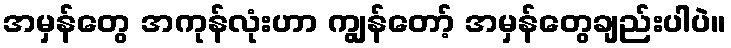
အမှန်တွေ အကုန်လုံးဟာ ကျွန်တော့် အမှန်တွေချည်းပါပဲ။